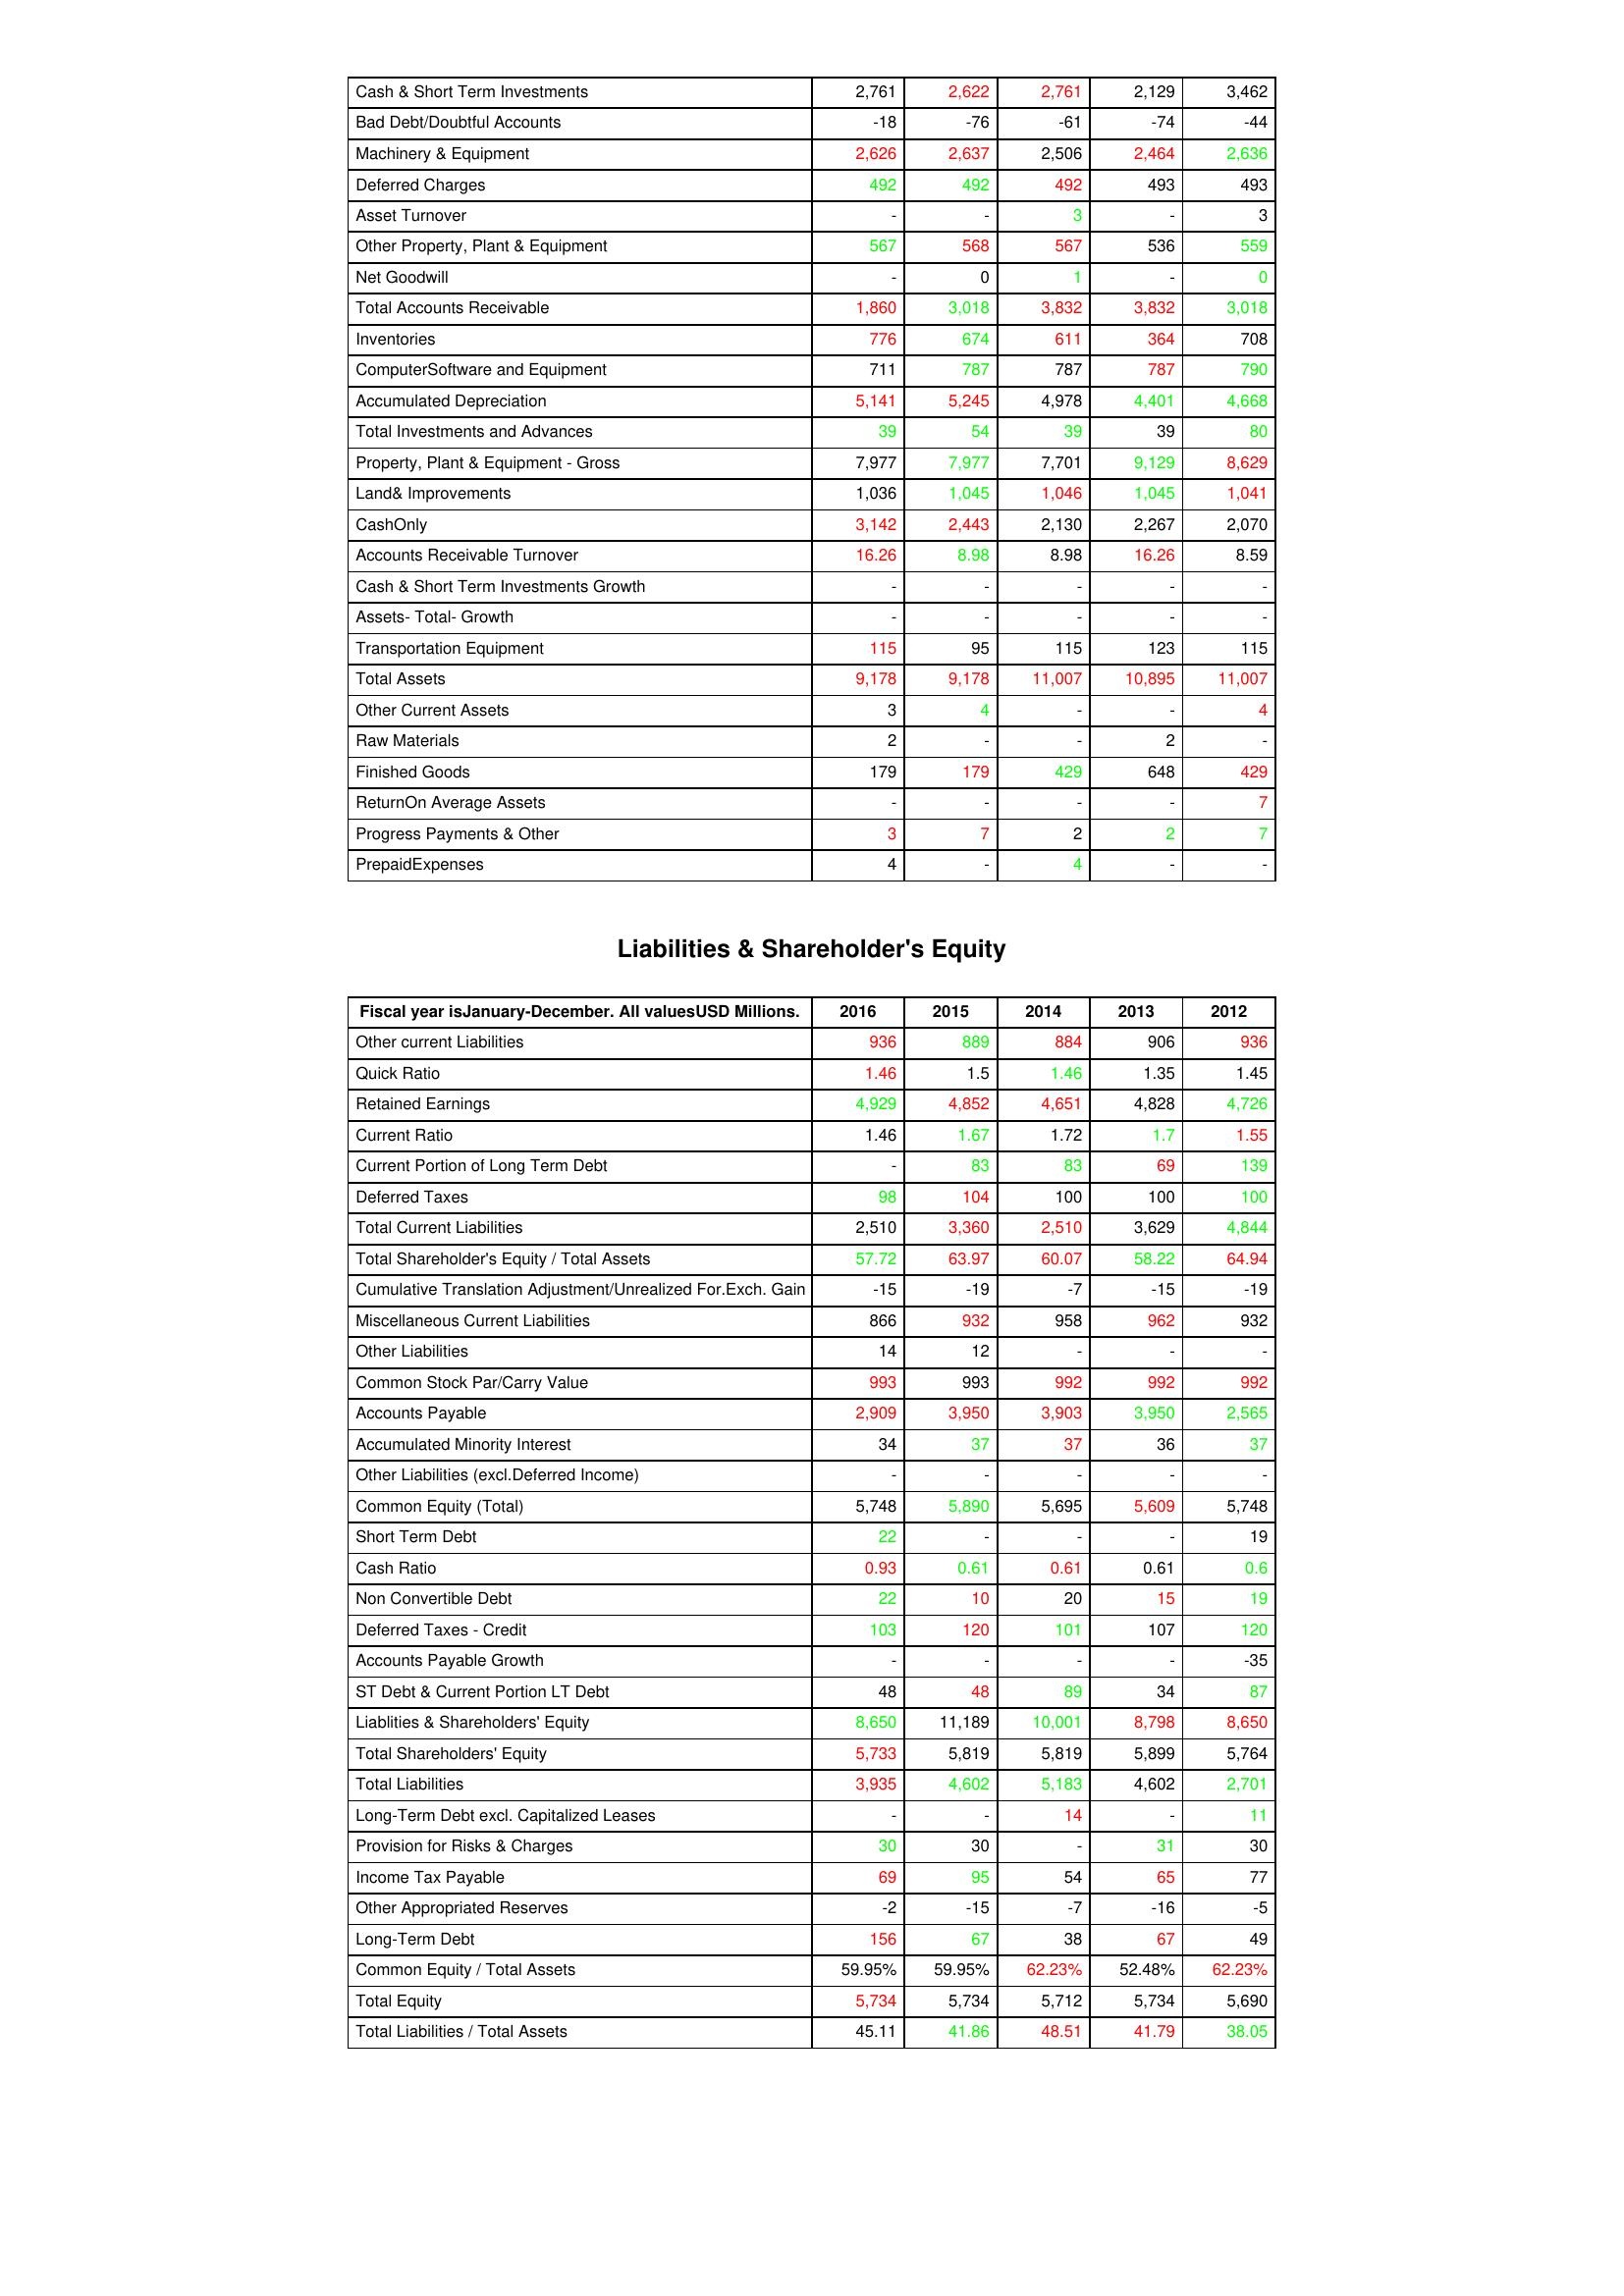
gt_parse: 2016: Assets: Cash & Short Term Investments: 2,761
Bad Debt/Doubtful Accounts: -18
Machinery & Equipment: 2,626
Deferred Charges: 492
Asset Turnover: -
Other Property, Plant & Equipment: 567
Net Goodwill: -
Total Accounts Receivable: 1,860
Inventories: 776
ComputerSoftware and Equipment: 711
Accumulated Depreciation: 5,141
Total Investments and Advances: 39
Property, Plant & Equipment - Gross : 7,977
Land& Improvements: 1,036
CashOnly: 3,142
Accounts Receivable Turnover: 16.26
Cash & Short Term Investments Growth: -
Assets- Total- Growth: -
Transportation Equipment: 115
Total Assets: 9,178
Other Current Assets: 3
Raw Materials: 2
Finished Goods: 179
ReturnOn Average Assets: -
Progress Payments & Other: 3
PrepaidExpenses: 4
Liabilities & Shareholder's Equity: Other current Liabilities: 936
Quick Ratio: 1.46
Retained Earnings: 4,929
Current Ratio: 1.46
Current Portion of Long Term Debt: -
Deferred Taxes: 98
Total Current Liabilities: 2,510
Total Shareholder's Equity / Total Assets: 57.72
Cumulative Translation Adjustment/Unrealized For.Exch. Gain: -15
Miscellaneous Current Liabilities: 866
Other Liabilities: 14
Common Stock Par/Carry Value: 993
Accounts Payable: 2,909
Accumulated Minority Interest: 34
Other Liabilities (excl.Deferred Income): -
Common Equity (Total): 5,748
Short Term Debt: 22
Cash Ratio: 0.93
Non Convertible Debt: 22
Deferred Taxes - Credit: 103
Accounts Payable Growth: -
ST Debt & Current Portion LT Debt: 48
Liablities & Shareholders' Equity: 8,650
Total Shareholders' Equity: 5,733
Total Liabilities: 3,935
Long-Term Debt excl. Capitalized Leases: -
Provision for Risks & Charges: 30
Income Tax Payable: 69
Other Appropriated Reserves: -2
Long-Term Debt: 156
Common Equity / Total Assets: 59.95%
Total Equity: 5,734
Total Liabilities / Total Assets: 45.11
2015: Assets: Cash & Short Term Investments: 2,622
Bad Debt/Doubtful Accounts: -76
Machinery & Equipment: 2,637
Deferred Charges: 492
Asset Turnover: -
Other Property, Plant & Equipment: 568
Net Goodwill: 0
Total Accounts Receivable: 3,018
Inventories: 674
ComputerSoftware and Equipment: 787
Accumulated Depreciation: 5,245
Total Investments and Advances: 54
Property, Plant & Equipment - Gross : 7,977
Land& Improvements: 1,045
CashOnly: 2,443
Accounts Receivable Turnover: 8.98
Cash & Short Term Investments Growth: -
Assets- Total- Growth: -
Transportation Equipment: 95
Total Assets: 9,178
Other Current Assets: 4
Raw Materials: -
Finished Goods: 179
ReturnOn Average Assets: -
Progress Payments & Other: 7
PrepaidExpenses: -
Liabilities & Shareholder's Equity: Other current Liabilities: 889
Quick Ratio: 1.5
Retained Earnings: 4,852
Current Ratio: 1.67
Current Portion of Long Term Debt: 83
Deferred Taxes: 104
Total Current Liabilities: 3,360
Total Shareholder's Equity / Total Assets: 63.97
Cumulative Translation Adjustment/Unrealized For.Exch. Gain: -19
Miscellaneous Current Liabilities: 932
Other Liabilities: 12
Common Stock Par/Carry Value: 993
Accounts Payable: 3,950
Accumulated Minority Interest: 37
Other Liabilities (excl.Deferred Income): -
Common Equity (Total): 5,890
Short Term Debt: -
Cash Ratio: 0.61
Non Convertible Debt: 10
Deferred Taxes - Credit: 120
Accounts Payable Growth: -
ST Debt & Current Portion LT Debt: 48
Liablities & Shareholders' Equity: 11,189
Total Shareholders' Equity: 5,819
Total Liabilities: 4,602
Long-Term Debt excl. Capitalized Leases: -
Provision for Risks & Charges: 30
Income Tax Payable: 95
Other Appropriated Reserves: -15
Long-Term Debt: 67
Common Equity / Total Assets: 59.95%
Total Equity: 5,734
Total Liabilities / Total Assets: 41.86
2014: Assets: Cash & Short Term Investments: 2,761
Bad Debt/Doubtful Accounts: -61
Machinery & Equipment: 2,506
Deferred Charges: 492
Asset Turnover: 3
Other Property, Plant & Equipment: 567
Net Goodwill: 1
Total Accounts Receivable: 3,832
Inventories: 611
ComputerSoftware and Equipment: 787
Accumulated Depreciation: 4,978
Total Investments and Advances: 39
Property, Plant & Equipment - Gross : 7,701
Land& Improvements: 1,046
CashOnly: 2,130
Accounts Receivable Turnover: 8.98
Cash & Short Term Investments Growth: -
Assets- Total- Growth: -
Transportation Equipment: 115
Total Assets: 11,007
Other Current Assets: -
Raw Materials: -
Finished Goods: 429
ReturnOn Average Assets: -
Progress Payments & Other: 2
PrepaidExpenses: 4
Liabilities & Shareholder's Equity: Other current Liabilities: 884
Quick Ratio: 1.46
Retained Earnings: 4,651
Current Ratio: 1.72
Current Portion of Long Term Debt: 83
Deferred Taxes: 100
Total Current Liabilities: 2,510
Total Shareholder's Equity / Total Assets: 60.07
Cumulative Translation Adjustment/Unrealized For.Exch. Gain: -7
Miscellaneous Current Liabilities: 958
Other Liabilities: -
Common Stock Par/Carry Value: 992
Accounts Payable: 3,903
Accumulated Minority Interest: 37
Other Liabilities (excl.Deferred Income): -
Common Equity (Total): 5,695
Short Term Debt: -
Cash Ratio: 0.61
Non Convertible Debt: 20
Deferred Taxes - Credit: 101
Accounts Payable Growth: -
ST Debt & Current Portion LT Debt: 89
Liablities & Shareholders' Equity: 10,001
Total Shareholders' Equity: 5,819
Total Liabilities: 5,183
Long-Term Debt excl. Capitalized Leases: 14
Provision for Risks & Charges: -
Income Tax Payable: 54
Other Appropriated Reserves: -7
Long-Term Debt: 38
Common Equity / Total Assets: 62.23%
Total Equity: 5,712
Total Liabilities / Total Assets: 48.51
2013: Assets: Cash & Short Term Investments: 2,129
Bad Debt/Doubtful Accounts: -74
Machinery & Equipment: 2,464
Deferred Charges: 493
Asset Turnover: -
Other Property, Plant & Equipment: 536
Net Goodwill: -
Total Accounts Receivable: 3,832
Inventories: 364
ComputerSoftware and Equipment: 787
Accumulated Depreciation: 4,401
Total Investments and Advances: 39
Property, Plant & Equipment - Gross : 9,129
Land& Improvements: 1,045
CashOnly: 2,267
Accounts Receivable Turnover: 16.26
Cash & Short Term Investments Growth: -
Assets- Total- Growth: -
Transportation Equipment: 123
Total Assets: 10,895
Other Current Assets: -
Raw Materials: 2
Finished Goods: 648
ReturnOn Average Assets: -
Progress Payments & Other: 2
PrepaidExpenses: -
Liabilities & Shareholder's Equity: Other current Liabilities: 906
Quick Ratio: 1.35
Retained Earnings: 4,828
Current Ratio: 1.7
Current Portion of Long Term Debt: 69
Deferred Taxes: 100
Total Current Liabilities: 3,629
Total Shareholder's Equity / Total Assets: 58.22
Cumulative Translation Adjustment/Unrealized For.Exch. Gain: -15
Miscellaneous Current Liabilities: 962
Other Liabilities: -
Common Stock Par/Carry Value: 992
Accounts Payable: 3,950
Accumulated Minority Interest: 36
Other Liabilities (excl.Deferred Income): -
Common Equity (Total): 5,609
Short Term Debt: -
Cash Ratio: 0.61
Non Convertible Debt: 15
Deferred Taxes - Credit: 107
Accounts Payable Growth: -
ST Debt & Current Portion LT Debt: 34
Liablities & Shareholders' Equity: 8,798
Total Shareholders' Equity: 5,899
Total Liabilities: 4,602
Long-Term Debt excl. Capitalized Leases: -
Provision for Risks & Charges: 31
Income Tax Payable: 65
Other Appropriated Reserves: -16
Long-Term Debt: 67
Common Equity / Total Assets: 52.48%
Total Equity: 5,734
Total Liabilities / Total Assets: 41.79
2012: Assets: Cash & Short Term Investments: 3,462
Bad Debt/Doubtful Accounts: -44
Machinery & Equipment: 2,636
Deferred Charges: 493
Asset Turnover: 3
Other Property, Plant & Equipment: 559
Net Goodwill: 0
Total Accounts Receivable: 3,018
Inventories: 708
ComputerSoftware and Equipment: 790
Accumulated Depreciation: 4,668
Total Investments and Advances: 80
Property, Plant & Equipment - Gross : 8,629
Land& Improvements: 1,041
CashOnly: 2,070
Accounts Receivable Turnover: 8.59
Cash & Short Term Investments Growth: -
Assets- Total- Growth: -
Transportation Equipment: 115
Total Assets: 11,007
Other Current Assets: 4
Raw Materials: -
Finished Goods: 429
ReturnOn Average Assets: 7
Progress Payments & Other: 7
PrepaidExpenses: -
Liabilities & Shareholder's Equity: Other current Liabilities: 936
Quick Ratio: 1.45
Retained Earnings: 4,726
Current Ratio: 1.55
Current Portion of Long Term Debt: 139
Deferred Taxes: 100
Total Current Liabilities: 4,844
Total Shareholder's Equity / Total Assets: 64.94
Cumulative Translation Adjustment/Unrealized For.Exch. Gain: -19
Miscellaneous Current Liabilities: 932
Other Liabilities: -
Common Stock Par/Carry Value: 992
Accounts Payable: 2,565
Accumulated Minority Interest: 37
Other Liabilities (excl.Deferred Income): -
Common Equity (Total): 5,748
Short Term Debt: 19
Cash Ratio: 0.6
Non Convertible Debt: 19
Deferred Taxes - Credit: 120
Accounts Payable Growth: -35
ST Debt & Current Portion LT Debt: 87
Liablities & Shareholders' Equity: 8,650
Total Shareholders' Equity: 5,764
Total Liabilities: 2,701
Long-Term Debt excl. Capitalized Leases: 11
Provision for Risks & Charges: 30
Income Tax Payable: 77
Other Appropriated Reserves: -5
Long-Term Debt: 49
Common Equity / Total Assets: 62.23%
Total Equity: 5,690
Total Liabilities / Total Assets: 38.05